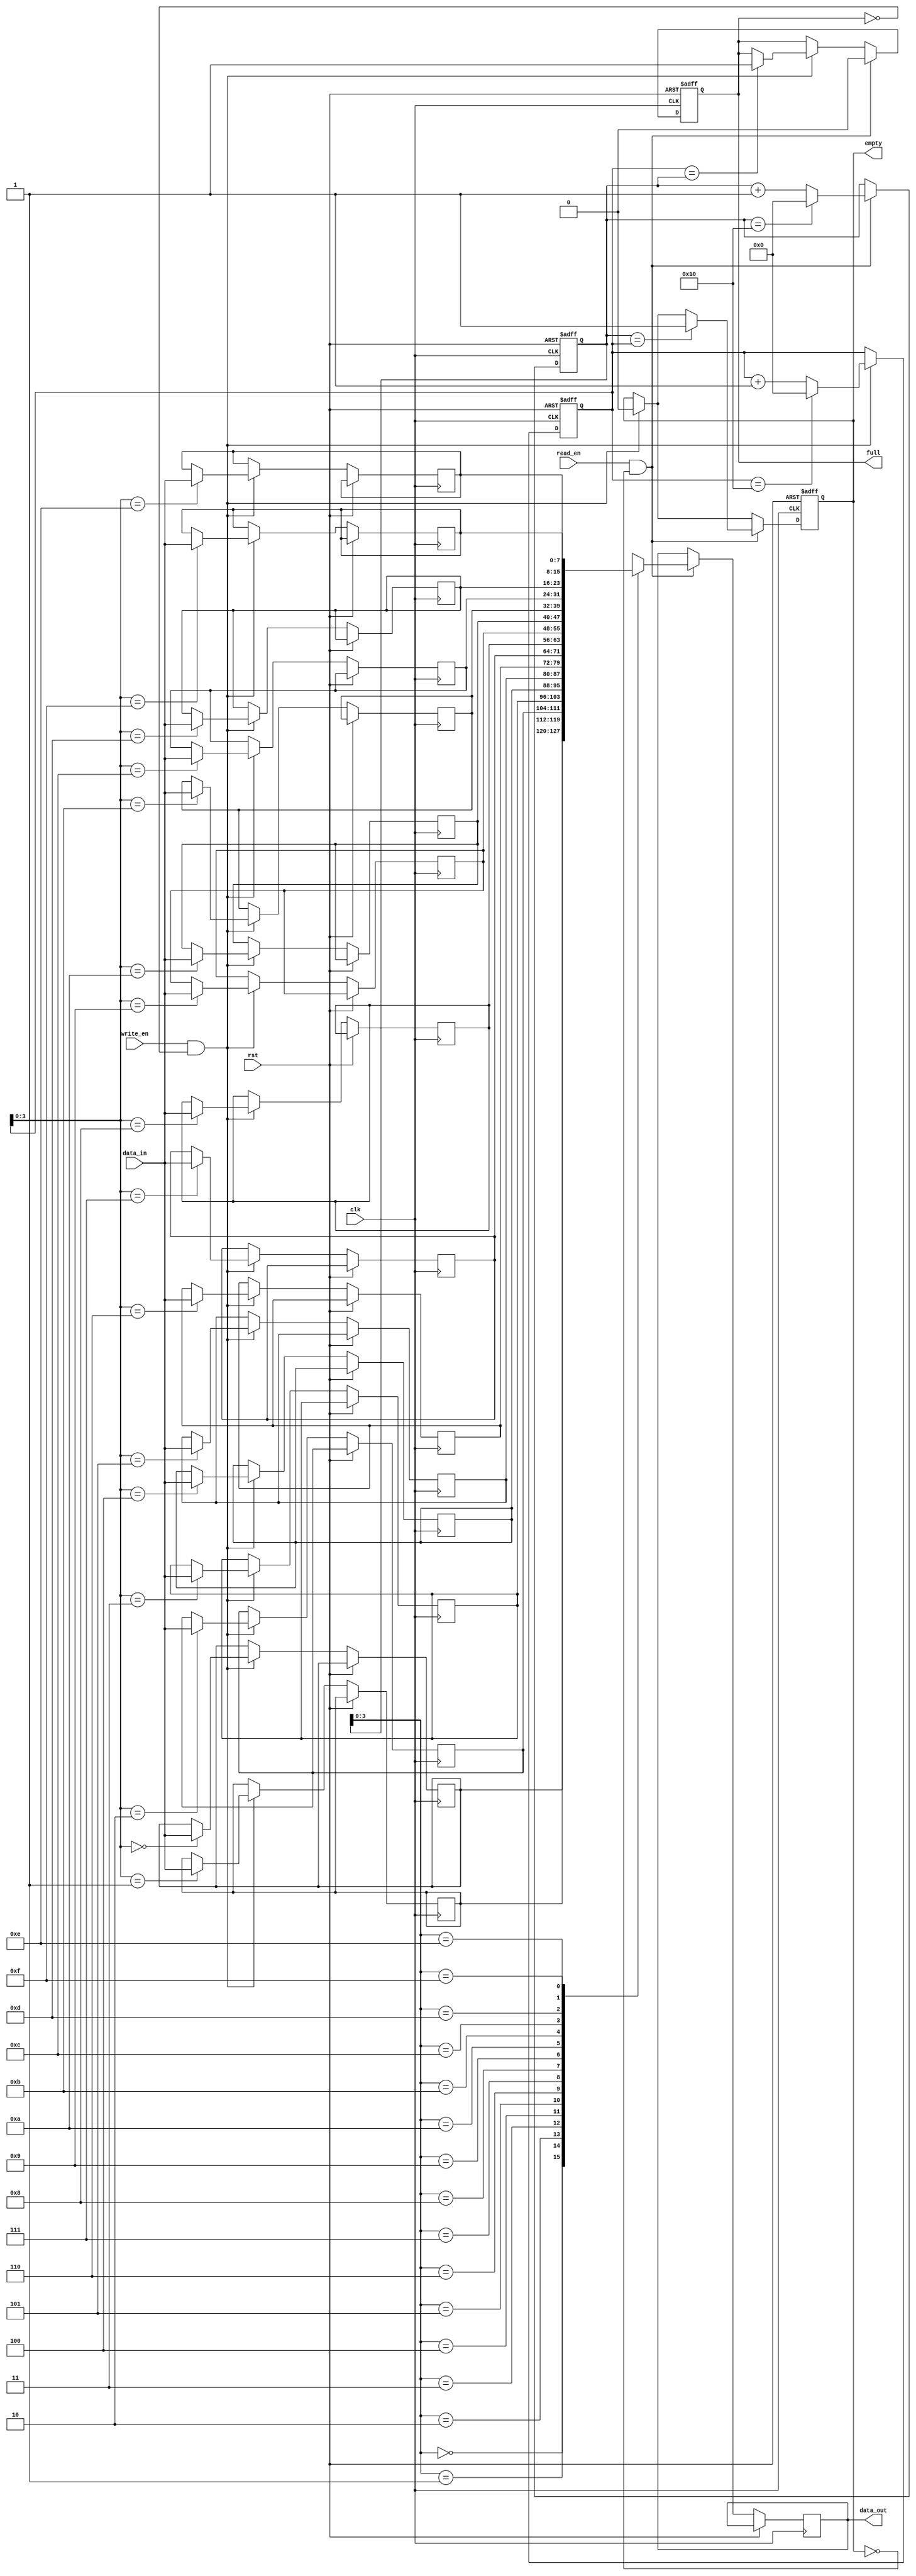
module fifo_buffer (
    input wire clk,
    input wire rst,
    input wire write_en,
    input wire read_en,
    input wire [DATA_WIDTH-1:0] data_in,
    output reg [DATA_WIDTH-1:0] data_out,
    output reg empty,
    output reg full
);

parameter DEPTH = 16; // Depth of the FIFO buffer
parameter DATA_WIDTH = 8; // Width of data bus

reg [DATA_WIDTH-1:0] fifo [DEPTH-1:0];
reg [DEPTH-1:0] write_ptr;
reg [DEPTH-1:0] read_ptr;

always @(posedge clk or posedge rst) begin
    if (rst) begin
        write_ptr <= 0;
        read_ptr <= 0;
        empty <= 1;
        full <= 0;
    end else begin
        if (write_en && !full) begin
            fifo[write_ptr] <= data_in;
            write_ptr <= write_ptr + 1;
            if (write_ptr == DEPTH) begin
                write_ptr <= 0;
            end
            if (write_ptr == read_ptr) begin
                full <= 1;
            end
            empty <= 0;
        end

        if (read_en && !empty) begin
            data_out <= fifo[read_ptr];
            read_ptr <= read_ptr + 1;
            if (read_ptr == DEPTH) begin
                read_ptr <= 0;
            end
            if (read_ptr == write_ptr) begin
                empty <= 1;
            end
            full <= 0;
        end
    end
end

endmodule